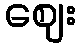
ဈေး